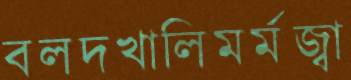
বলদখালিমর্মজ্বা